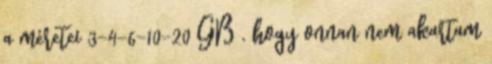
a méretei 3-4-6-10-20 GB , hogy onnan nem akartam